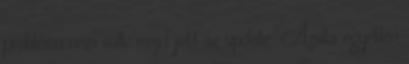
probléma nem volt, majd jott az update. Azóta egyetlen